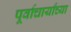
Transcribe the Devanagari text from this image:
पूर्वाचार्यांच्या